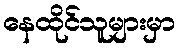
နေထိုင်သူများမှာ